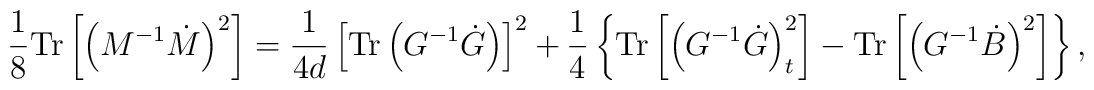
\frac{1}{8}\mathrm{Tr}\left[\left( M^{-1}\dot{M}\right)^2\right]=\frac{1}{4d}\left[\mathrm{Tr}\left(G^{-1}\dot{G}\right)\right]^2+\frac{1}{4}\left\{\mathrm{Tr}\left[\left(G^{-1}\dot{G}\right)_{t}^2\right]-\mathrm{Tr}\left[\left(G^{-1}\dot{B}\right)^2\right]\right\},